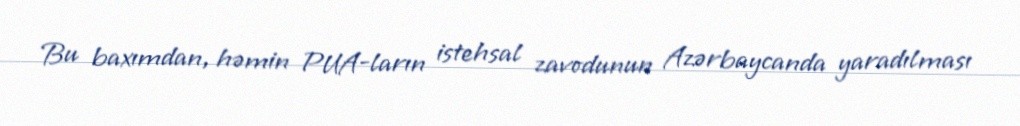
Bu baxımdan, həmin PUA-ların istehsal zavodunun Azərbaycanda yaradılması